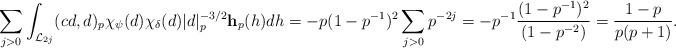
LaTeX: \begin{align*} \sum_{j>0}\int_{\mathcal L_{2j}} (cd,d)_p\chi_{\psi}(d)\chi_{\delta}(d)|d|_p^{-3/2}\mathbf h_p(h) dh = -p(1-p^{-1})^2 \sum_{j>0} p^{-2j} = -p^{-1}\frac{(1-p^{-1})^2}{(1-p^{-2})} = \frac{1-p}{p(p+1)}. \end{align*}